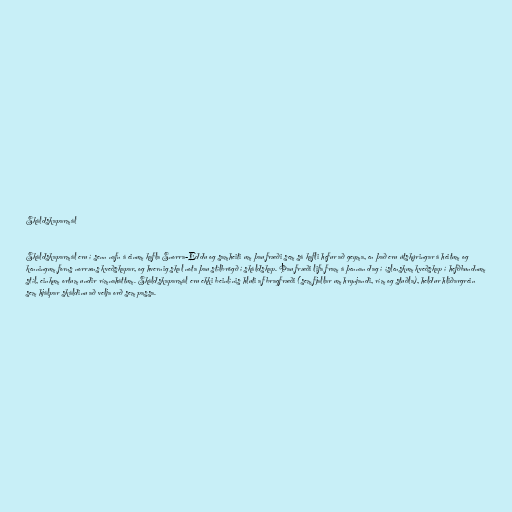
Skáldskaparmál

Skáldskaparmál eru í senn nafn á einum kafla Snorra-Eddu og samheiti um þau fræði sem sá kafli hefur að geyma, en það eru útskýringar á heitum og
kenningum forns norræns kveðskapar, og hvernig skal nota þau stílbrögð í skáldskap. Þau fræði lifa fram á þennan dag í íslenskum kveðskap í hefðbundnum
stíl, einkum ortum undir rímnaháttum. Skáldskaparmál eru ekki beinlínis hluti af bragfræði (sem fjallar um hrynjandi, rím og stuðla), heldur hliðargrein
sem hjálpar skáldinu að velja orð sem passa.